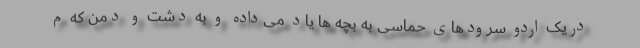
دریک اردو سرودهای حماسی به بچه ها یاد می‌داده و به دشت و دمن که م